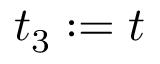
t _ { 3 } : = t